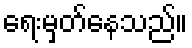
ရေးမှတ်နေသည်။